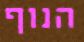
הנוף